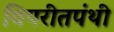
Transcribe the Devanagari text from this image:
विपरीतपंथी